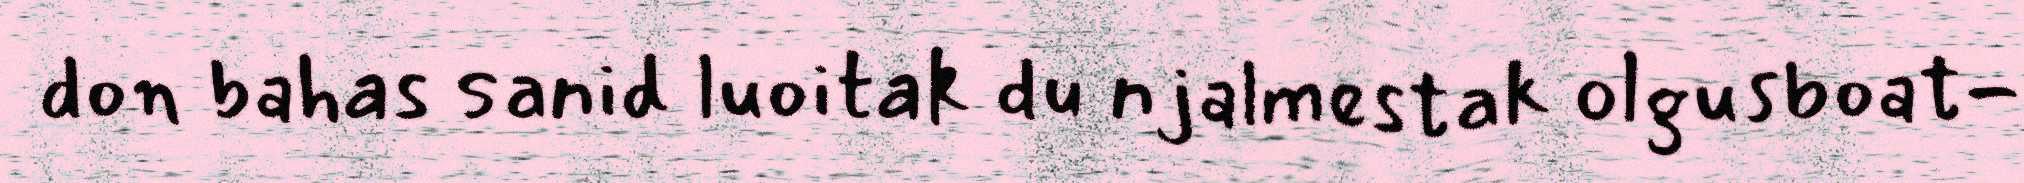
don bahas sanid luoitak du njalmestak olgusboat-